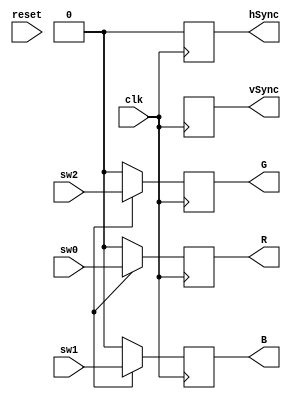
module TestVGA2Main(
    input sw0,
    input sw1,
    input sw2,
    input reset,
	 input clk,
    output reg R,
    output reg G,
    output reg B,
    output reg hSync,
    output reg vSync
    );

//VARIABLES

//vga


wire pxlclk;
wire[9:0] col;// 10 bits for 640
wire[8:0] row;//is a value from 0 to 480 9 bits
wire col0;
wire row0;
wire act;

wire hSync0;
wire vSync0;

reg [16:0] xPixCounter;//this is to count the inner pixels of the 
reg [5:0] yPixCounter;//32x32
reg [5:0] xSuperPixCounter;//count up to 20
reg [4:0] ySuperPixCounter;//count up to 15

/** I did comment the following i'm not sure if it is needed I'll test first before continuing.
//always @(posedge hSync)
//begin
//if(reset)
//begin 
//	xPixCounter <= 0;
//end
//else if(vSync)
//	xPixCounter <= 0;
//else
//xPixCounter <= xPixCounter +1; 
//
//end



VGA_CTRL vga( .Reset(reset), 
	 .HSync(hSync0), 
	 .VSync(vSync0), 
	 .Clk50(clk), 
	 .PClk(pxlclk), 
	 .Col(col), 
	 .Row(row), 
	 .Col0(col0), 
	 .Row0(row0), 
	 .Active(act) );
//a counter that goes up to 
//reg [11:0] readAddress;
//reg [8:0] memOutput;
//VGA_memory mem( clk, 0, readAddress, 0, memOutput);
wire [4:0] xSupPix;
wire [3:0] ySupPix;

VGASuperPixConverter superConverter(act, col, row,xSupPix, ySupPix);

/*
 * output HSync/VSync and RGB data
 */
always @(posedge clk) 
begin
    hSync <= hSync0;
    vSync <= vSync0;
	 
	 
    if( act ) begin
	 //active region
		R<= sw0;
		B<= sw1;
		G<= sw2;
		
	 //old code to test if the super pixels were working
//		if((xSuperPixCounter%2) == 1&&((ySuperPixCounter%2) == 1))
//		begin
//			//set the inter pixel values
//			
//			
//			R <= sw0;
//			B <= sw2;
//			G <= 1;
//		end
//		else if((ySuperPixCounter%2) == 0 && (xSuperPixCounter%2) == 0)
//		begin
//			R <= 0;
//			B <= 0;
//			G <= sw1;
//		end
//		else
//		begin//specific pattern to odd things
//			R <= 1;
//			B <= 1;
//			G <= 0;
//		end
			
	 end
	 else 
	 begin 
		B <= 0;
		G <= 0;
		R <= 0;
    end
	 
	 if(reset)
		begin
		xPixCounter <= 0;
		xSuperPixCounter <= 0;
		yPixCounter <= 0;
		ySuperPixCounter <= 0;
		
		end
	//handle COLUMNS
//	if(col < 32 && act)
//		xSuperPixCounter <= 0;
//	else if( col >31 && col < 64 && act)//pixels 32 - 63
//		xSuperPixCounter <= 1;
//	else if( col >63 && col < 96&& act)//pixels 32 - 63
//		xSuperPixCounter <= 2;
//	else if( col >95 && col < 128 && act)//pixels 32 - 63
//		xSuperPixCounter <= 3;
//	else if( col >127 && col < 160 && act)//pixels 32 - 63
//		xSuperPixCounter <= 4;
//	else if( col >159 && col < 192 && act)//pixels 32 - 63
//		xSuperPixCounter <= 5;
//	else if( col >191 && col < 224 && act)//pixels 32 - 63
//		xSuperPixCounter <= 6;
//	else if( col >223 && col < 256 && act)//pixels 32 - 63
//		xSuperPixCounter <= 7;
//	else if( col >255 && col < 288 && act)//pixels 32 - 63
//		xSuperPixCounter <= 8;
//	else if( col > 287 && col < 320 && act)//pixels 32 - 63   ERROR
//		xSuperPixCounter <= 9;
//	else if( col >319 && col < 352 && act)//pixels 32 - 63   ERROR
//		xSuperPixCounter <= 10;
//	else if( col >351 && col < 384 && act)//pixels 32 - 63   ERROR
//		xSuperPixCounter <= 11;
//	else if( col >383 && col < 416 && act)//pixels 32 - 63
//		xSuperPixCounter <= 12;
//	else if( col >415 && col < 448 && act)//pixels 32 - 63
//		xSuperPixCounter <= 13;
//	else if( col >447 && col < 480 && act)//pixels 32 - 63
//		xSuperPixCounter <= 14;
//	else if( col >479 && col < 512 && act)//pixels 32 - 63
//		xSuperPixCounter <= 15;
//	else if( col >511 && col < 544 && act)//pixels 32 - 63
//		xSuperPixCounter <= 16;
//	else if( col >543 && col < 576 && act)//pixels 32 - 63
//		xSuperPixCounter <= 17;
//	else if( col >575 && col < 608 && act)//pixels 32 - 63
//		xSuperPixCounter <= 18;
//	else if( col >607 && col < 640 && act)//pixels 32 - 63
//		xSuperPixCounter <= 19;
//
//	//handle ROWS
//	if(row < 32 && act)
//		ySuperPixCounter <= 0;//still in the first row of superpixels
//	else if( row > 31 && row < 64 && act)// second row of super pixels
//		ySuperPixCounter <= 1;
//	else if( row > 63 && row < 96 && act)
//		ySuperPixCounter <= 2;
//	else if( row > 95 && row < 128 && act)
//		ySuperPixCounter <= 3;
//	else if( row > 127 && row < 160 && act)
//		ySuperPixCounter <= 4;
//	else if( row > 159 && row < 192 && act)
//		ySuperPixCounter <= 5;
//	else if( row > 191 && row < 224 && act)
//		ySuperPixCounter <= 6;
//	else if( row > 223 && row < 256 && act)
//		ySuperPixCounter <= 7;
//	else if( row > 255 && row < 288 && act)
//		ySuperPixCounter <= 8;
//	else if( row > 287 && row < 320 && act)
//		ySuperPixCounter <= 9;
//	else if( row > 319 && row < 352 && act)
//		ySuperPixCounter <= 10;
//	else if( row > 351 && row < 384 && act)
//		ySuperPixCounter <= 11;
//	else if( row > 383 && row < 416 && act)
//		ySuperPixCounter <= 12;
//	else if( row > 415 && row < 448 && act)
//		ySuperPixCounter <= 13;
//	else if( row > 447 && row < 480 && act)
//		ySuperPixCounter <= 14;
	 
end

endmodule